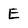
Character: E